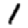
Digit: 1